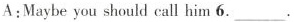
A:Maybe you should call him 6.___.